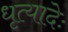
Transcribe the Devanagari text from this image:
धृत्यादेः